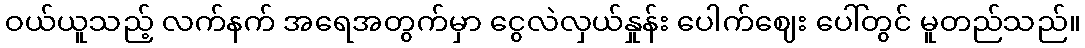
ဝယ်ယူသည့် လက်နက် အရေအတွက်မှာ ငွေလဲလှယ်နှုန်း ပေါက်ဈေး ပေါ်တွင် မူတည်သည်။